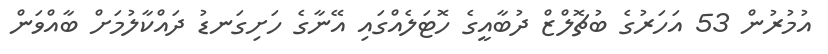
އުމުރުން 53 އަހަރުގެ ބުޗޮލްޒް ދުބާއީގެ ހޮޓަލެއްގައި އޭނާގެ ހަށިގަނޑު ދައްކާލުމަށް ބާއްވަން